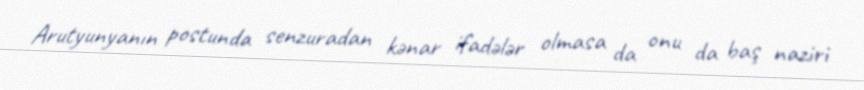
Arutyunyanın postunda senzuradan kənar ifadələr olmasa da onu da baş naziri